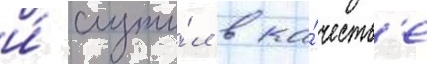
и́ служи́л в ка́честв'е